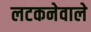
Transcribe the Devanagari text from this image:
लटकनेवाले